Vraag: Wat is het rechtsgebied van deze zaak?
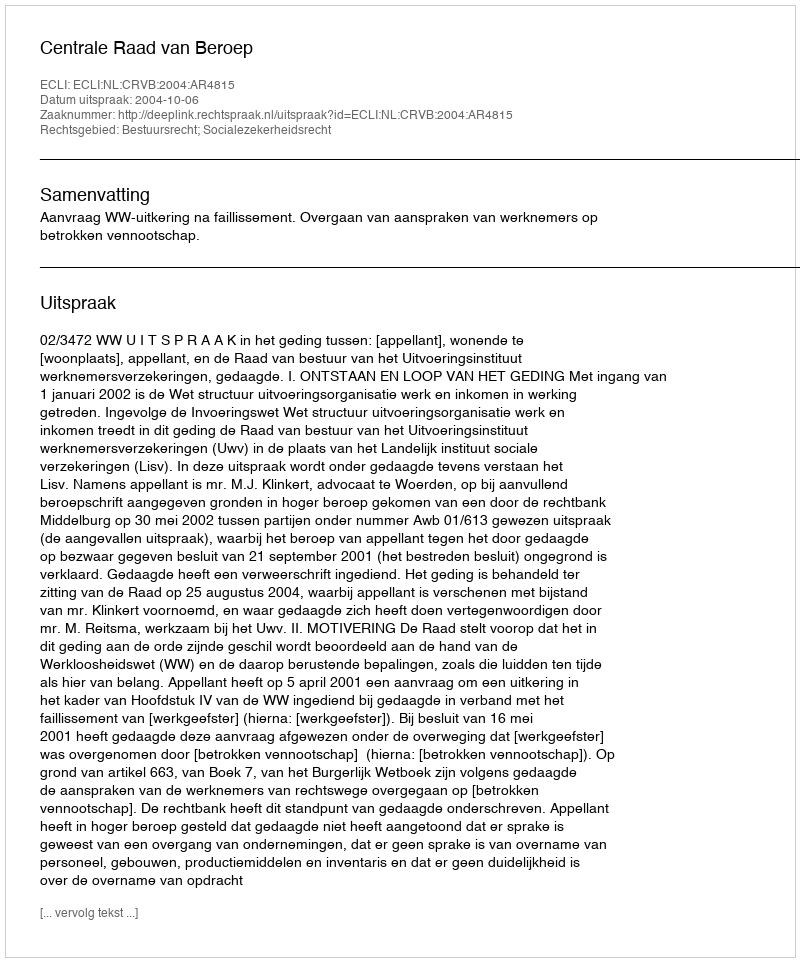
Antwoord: Bestuursrecht; Socialezekerheidsrecht